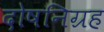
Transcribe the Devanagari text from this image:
दोषनिग्रह